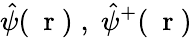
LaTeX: \hat{\psi}(\mathrm{~\mathbf~r~})\; ,\; \hat{\psi}^{+}(\mathrm{~\mathbf~r~})